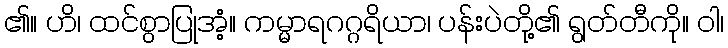
၏။ ဟိ၊ ထင်စွာပြုအံ့။ ကမ္မာရဂဂ္ဂရိယာ၊ ပန်းပဲတို့၏ ရွတ်တီကို။ ဝါ၊